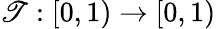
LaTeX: \mathscr{T}:[0,1)\to[0,1)